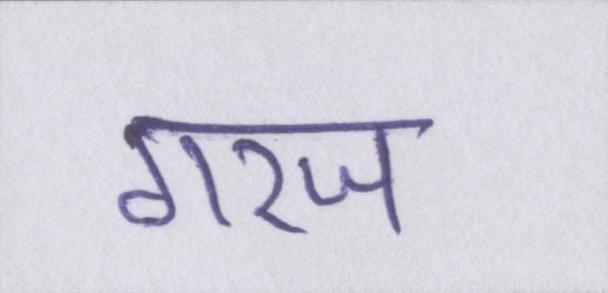
गरज